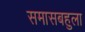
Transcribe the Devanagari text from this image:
समासबहुला